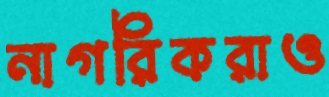
নাগরিকরাও